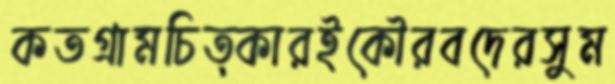
কতগ্রামচিত্কারইকৌরবদেরসুম